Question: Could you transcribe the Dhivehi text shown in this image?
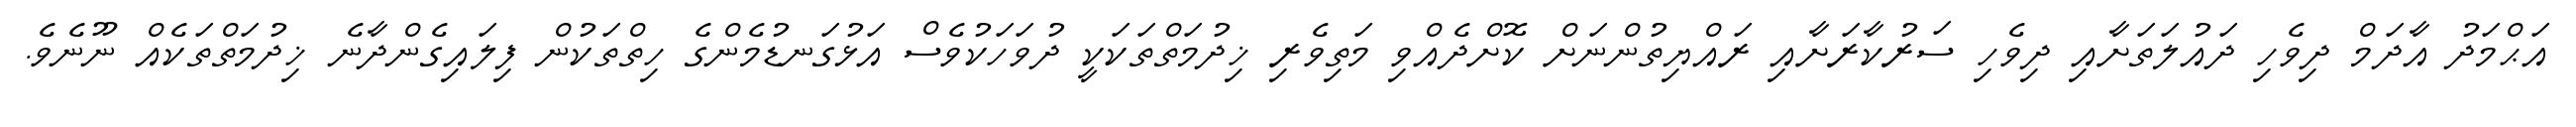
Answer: އަޙްމަދު އާދަމް ދިވެހި ދައުލަތަށާއި ދިވެހި ސަރުކާރަށާއި ރައްޔިތުންނަށް ކޮށްދެއްވި މަތިވެރި ޚިދުމަތްތަކަކީ ދުވަހަކުވެސް އަޅުގަނޑުމެންގެ ހިތްތަކުން ފިލައިގެންދާނެ ޚިދުމަތްތަކެއް ނޫނެވެ.